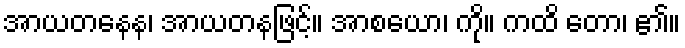
အာယတနေန၊ အာယတနဖြင့်။ အာစယော၊ ကို။ ကထိ တော၊ ၏။